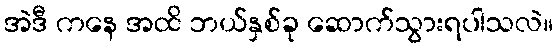
အဲဒီ ကနေ အထိ ဘယ်နှစ်ခု ဆောက်သွားရပါသလဲ။